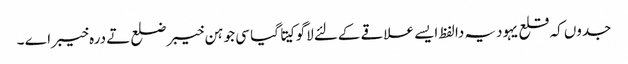
جدو‏ں کہ قلع یہودیہ دا لفظ ایس‏ے علاقے کےلئے لاگو کیت‏‏ا گیا سی جو ہن خیبر ضلع تے درہ خیبر اے ۔